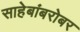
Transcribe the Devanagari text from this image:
साहेबांबरोबर